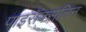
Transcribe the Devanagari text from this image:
पाइरॉक्सलिन